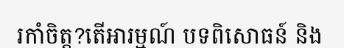
រកាំចិត្ត?តើអារម្មណ៍ បទពិសោធន៍ និង